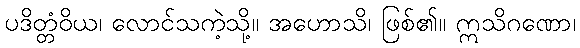
ပဒိတ္တံဝိယ၊ လောင်သကဲ့သို့။ အဟောသိ၊ ဖြစ်၏။ ဣသိဂဏော၊